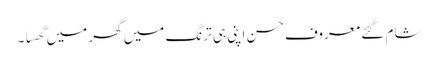
شام گئے معروف حسن اپنی ہی ترنگ میں گھر میں گھسا ۔